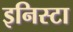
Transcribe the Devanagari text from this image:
इनिस्टा